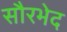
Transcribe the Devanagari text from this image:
सौरभेद